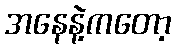
အနေနဲ့ကတော့